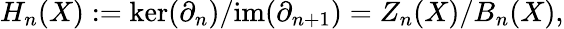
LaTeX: H_{n}(X):=\ker(\partial_{n})/\mathrm{im}(\partial_{n+1})=Z_{n}(X)/B_{n}(X),